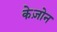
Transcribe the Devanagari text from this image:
केज़ोन